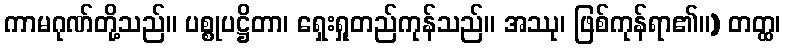
ကာမဂုဏ်တို့သည်။ ပစ္စုပဋ္ဌိတာ၊ ရှေးရှုတည်ကုန်သည်။ အဿု၊ ဖြစ်ကုန်ရာ၏။) တတ္ထ၊